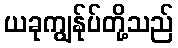
ယခုကျွန်ုပ်တို့သည်